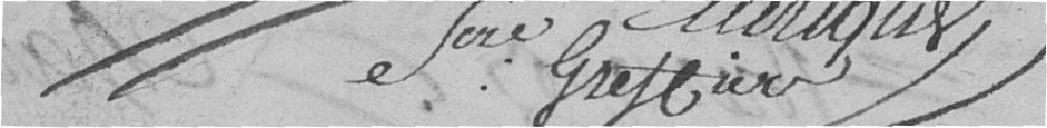
1ore graffio